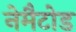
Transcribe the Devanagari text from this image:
नेमैटोड